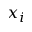
x _ { i }